Annual administration report of the Civil Veterinary Department of India - 1894-1895
Year: 1894
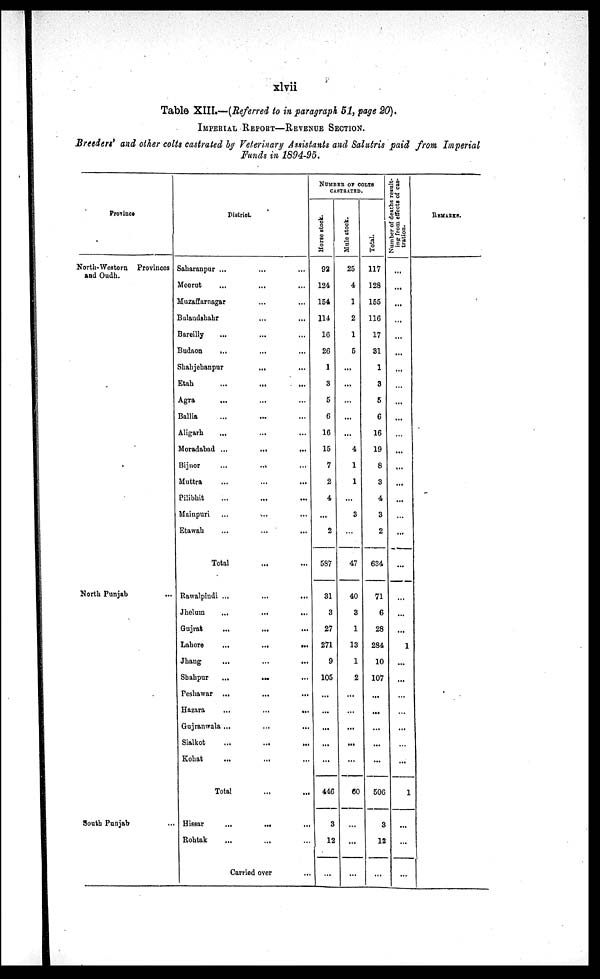
xlvii
Table XIII.—-(Referred to in paragraph 51, page 20).
IMPERIAL REPORT—REVENUE SECTION.
Breeders' and other colts castrated by Veterinary Assistants and Salutris paid from Imperial
Funds in 1894-95.
Province
North-Western Provinces
and Oudh.
North Punjab ...
South Punjab ...
District
Saharanpur ... ... ...
Meerut
...
...
...
Muzaffarnagar...
...
Bulandshahr...
...
Bareilly
...
... ...
Budaon
...
...
...
Shahjehanpur...
...
Etah
...
...
...
Agra
...
...
...
Ballia
...
...
...
Aligarh
...
...
...
Moradabad ...
...
...
Bijnor
...
...
...
Muttra
...
...
...
Pilibhit
...
...
...
Mainpuri
...
...
...
Etawah
...
...
...
Total...
...
Rawalpindi ...
...
...
Jhelum
...
...
...
Gujrat
...
...
...
Lahore
...
...
...
Jhang
...
...
...
Shahpur
...
...
...
Peshawar ...
...
...
Hazara
...
...
...
Gujranwala ...
...
...
Sialkot
...
...
...
Kohat
...
...
...
Total...
...
Hissar
...
...
...
Rohtak
...
...
...
Carried
over...
NUMBER OF COLTS
CASTRATED.
Hor s e stock.
92
124
154
114
16
26
1
3
5
6
16
15
7
2
4
...
2
587
31
3
27
271
9
105
...
...
...
...
...
446
3
12
...
Mul e stock.
25
4
1
2
1
5
...
...
...
...
...
4
1
1
...
3
...
47
40
3
1
13
1
2
...
...
...
...
...
60
...
...
...
Total.
117
128
155
116
17
31
1
3
5
6
16
19
8
3
4
3
2
634
71
6
28
284
10
107
...
...
...
...
...
506
3
12
...
Number of deaths result-
ing from effects of cas-
tration.
...
...
...
...
...
...
...
...
...
...
...
...
...
...
...
...
...
...
...
...
...
1
...
...
...
...
...
...
...
1
...
...
...
REMARKS.